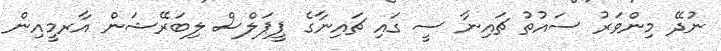
ނުދޭ މިންވަރު ސައުތު ޗައިނާ ސީ ގައި ޗައިނާގެ ޕީޕަލްސް ލިބަރޭޝަން އާރމީއިން